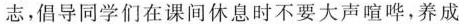
志，倡导同学们在课间休息时不要大声喧哗，养成